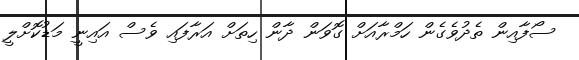
ސޯފާއިން ތެދުވެގެން ހަމްރާއަށް ގޮވަން ދާން ހިތަށް އަރާފައި ވެސް އައިނީ މަޑުކޮށްލީ